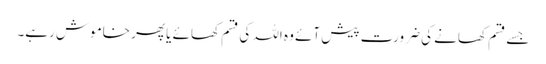
جسے قسم کھانے کی ضرورت پیش آئے وہ اللہ کی قسم کھائے یا پھر خاموش رہے۔